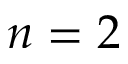
n = 2